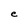
Character: e